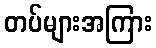
တပ်များအကြား